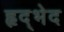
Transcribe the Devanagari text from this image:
हृद्भेद